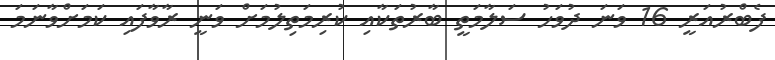
ފެބްރުއަރީ 16 ވަނަ ދުވަހު ސަލާމަތީ ބާރުތަކާއި ކުރިމަތިލުމަށް ވަނީ ރާވާފައި ކަމަށްވާނަމަ